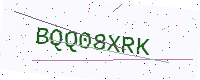
Text: BQQ08XRK